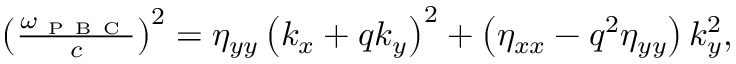
\begin{array} { r } { \left( \frac { \omega _ { \mathrm { ~ P ~ B ~ C ~ } } } { c } \right) ^ { 2 } = \eta _ { y y } \left( k _ { x } + q k _ { y } \right) ^ { 2 } + \left( \eta _ { x x } - q ^ { 2 } \eta _ { y y } \right) k _ { y } ^ { 2 } , } \end{array}